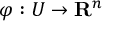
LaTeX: \varphi : U \to { \mathbf { R } } ^ { n }